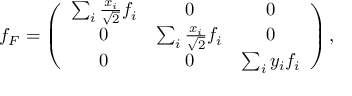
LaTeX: f _ { F } = \left( \begin{array} { c c c } { { \sum _ { i } \frac { x _ { i } } { \sqrt { 2 } } f _ { i } } } & { { 0 } } & { { 0 } } \\ { { 0 } } & { { \sum _ { i } \frac { x _ { i } } { \sqrt { 2 } } f _ { i } } } & { { 0 } } \\ { { 0 } } & { { 0 } } & { { \sum _ { i } y _ { i } f _ { i } } } \end{array} \right) ,